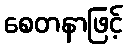
စေတနာဖြင့်